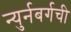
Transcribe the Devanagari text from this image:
न्युर्नबर्गची